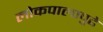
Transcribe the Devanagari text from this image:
लोकपालापुढे